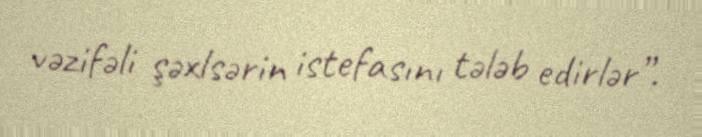
vəzifəli şəxlsərin istefasını tələb edirlər”.